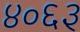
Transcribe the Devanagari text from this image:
४०६३